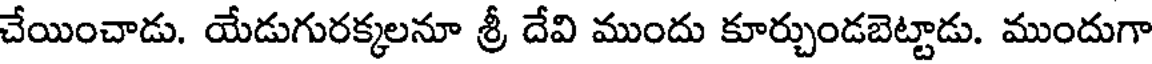
చేయించాడు. యేడుగురక్కలనూ శ్రీ దేవి ముందు కూర్చుండబెట్టాడు. ముందుగా